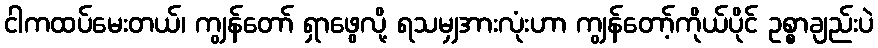
ငါကထပ်မေးတယ်၊ ကျွန်တော် ရှာဖွေလို့ ရသမျှအားလုံးဟာ ကျွန်တော့်ကိုယ်ပိုင် ဥစ္စာချည်းပဲ